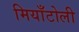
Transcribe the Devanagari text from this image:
मियाँटोली